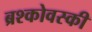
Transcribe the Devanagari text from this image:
ब्रश्कोवस्की